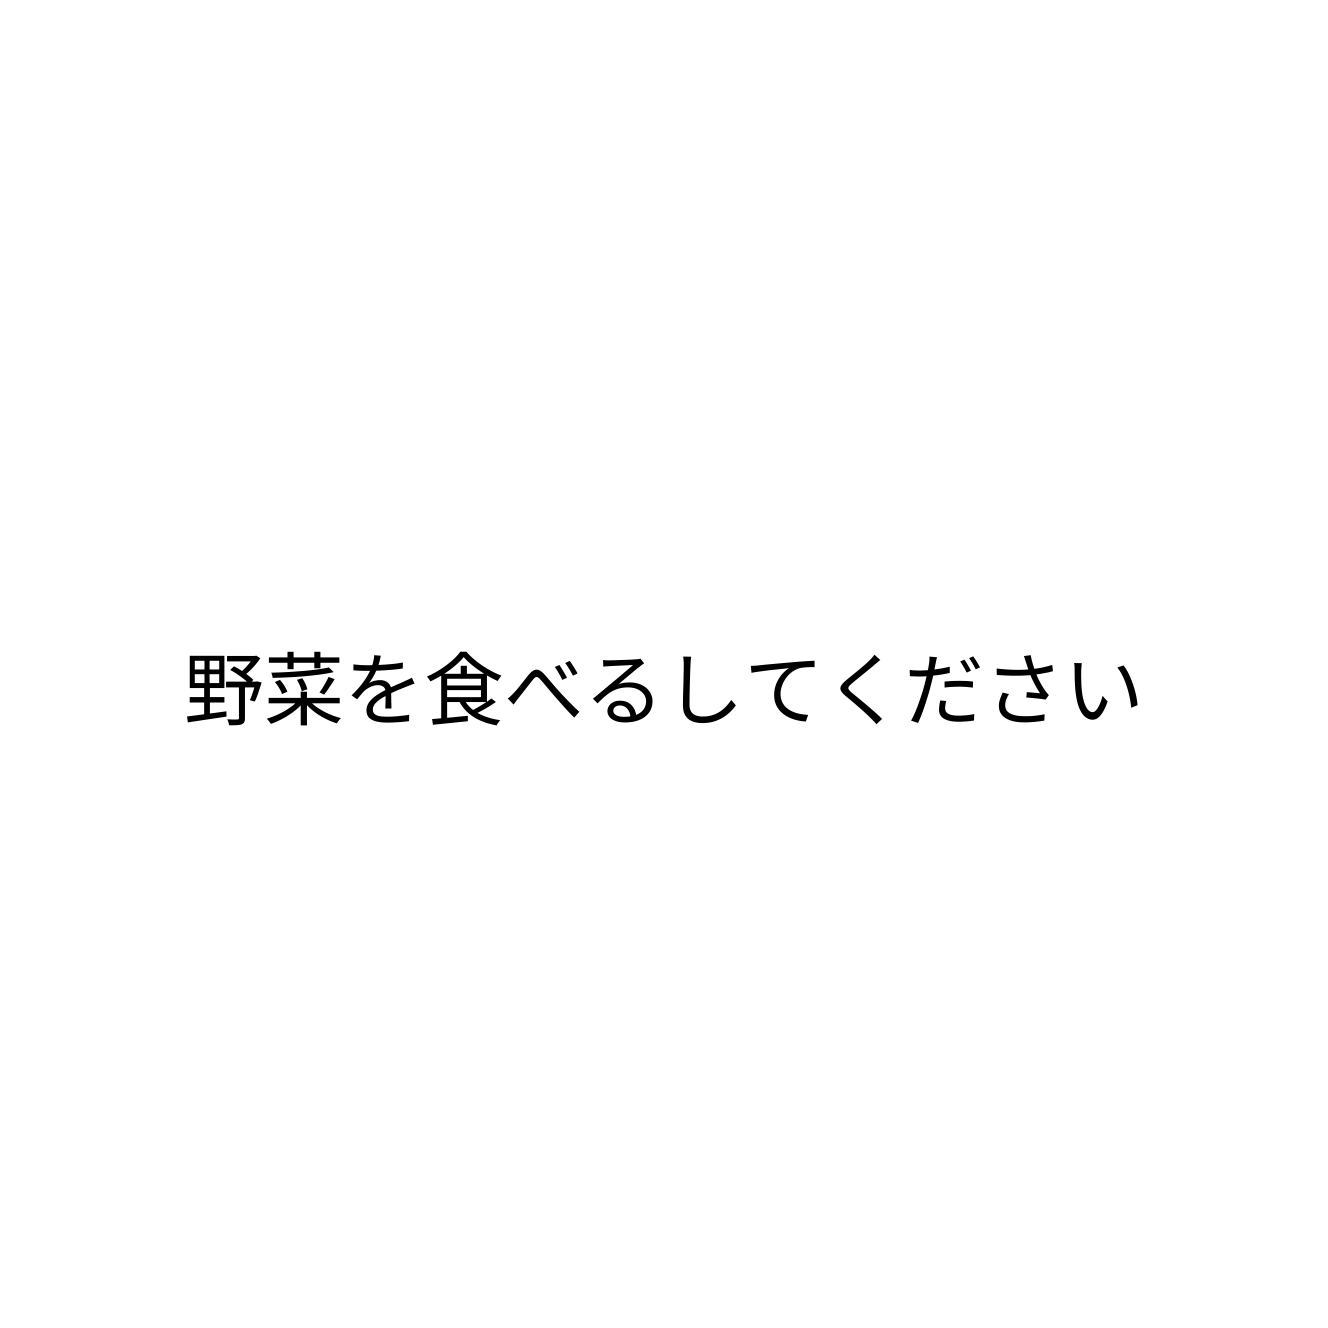
野菜を食べるしてください